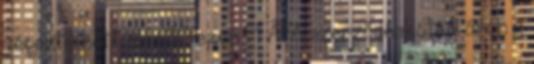
végeztethető el 1.690 ezer Ft ÁFA szerződéskötési áron a